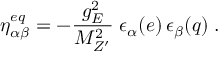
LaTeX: \eta _ { \alpha \beta } ^ { e q } = - \frac { g _ { E } ^ { 2 } } { M _ { Z ^ { \prime } } ^ { 2 } } \; \epsilon _ { \alpha } ( e ) \, \epsilon _ { \beta } ( q ) \; .